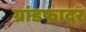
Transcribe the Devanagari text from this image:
ग्रांडफादर